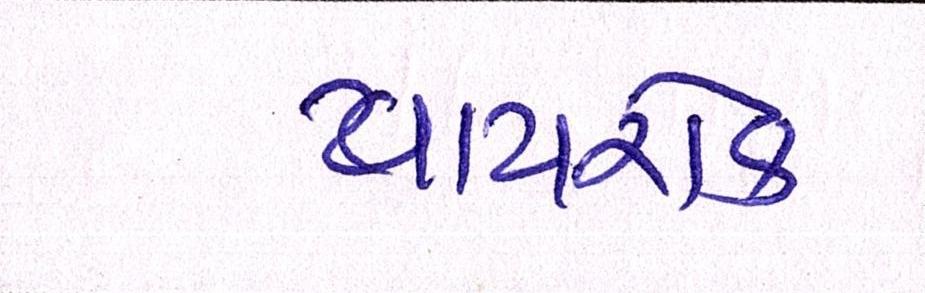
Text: વાયરોક